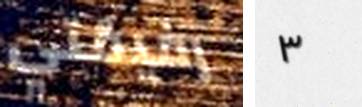
رفيقتي ٣